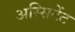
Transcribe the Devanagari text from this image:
अस्सिटेंट